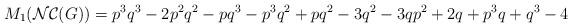
LaTeX: \begin{align*}M_{1}(\mathcal{NC}(G))= p^{3}q^{3}-2p^{2}q^{2}-pq^{3}-p^{3}q^{2}+pq^{2}-3q^{2}-3qp^{2}+2q+p^{3}q+q^{3}-4\end{align*}